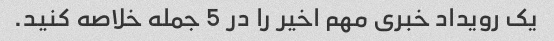
یک رویداد خبری مهم اخیر را در 5 جمله خلاصه کنید.